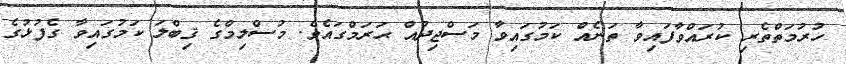
ހުރުމަތްތެރި ކުރައްވާފައިވާ ތަނެއް ކަމުގައިވާ މަސްޖިދުއް ޙަރަމްގައެވެ. މުސްލިމްގެ ޤިބްލަ ކަމުގައިވާ ގެފުޅުގެ